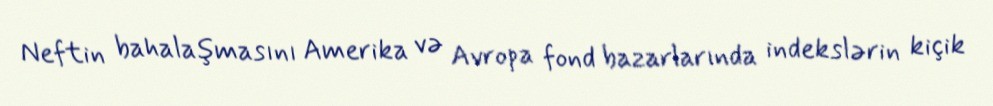
Neftin bahalaşmasını Amerika və Avropa fond bazarlarında indekslərin kiçik